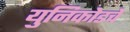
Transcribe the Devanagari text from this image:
युनिकोडचे